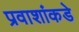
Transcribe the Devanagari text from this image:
प्रवाशांकडे